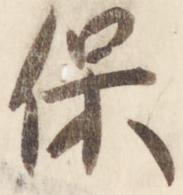
保